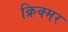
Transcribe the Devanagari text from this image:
क्रिक्मर